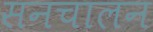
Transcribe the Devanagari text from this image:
सनचालन